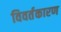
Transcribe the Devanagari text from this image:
विवर्तकारण